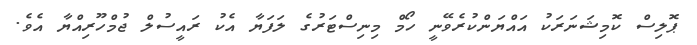
ޕޮލިސް ކޮމިޝަނަރަކު އައްޔަންކުރެވޭނީ ހޯމް މިނިސްޓަރުގެ ލަފަޔާ އެކު ރައީސުލް ޖުމްހޫރިއްޔާ އެވެ.